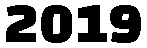
2019